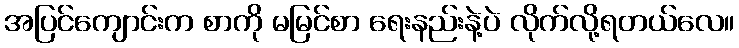
အပြင်ကျောင်းက စာကို မမြင်စာ ရေးနည်းနဲ့ပဲ လိုက်လို့ရတယ်လေ။